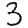
Digit: 3